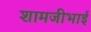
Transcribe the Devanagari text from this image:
शामजीभाई